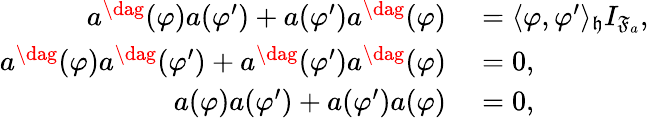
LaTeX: \begin{array}{rl}{a^{\dag}(\varphi)a(\varphi^{\prime})+a(\varphi^{\prime})a^{\dag}(\varphi)}&{{}=\langle\varphi,\varphi^{\prime}\rangle_{\mathfrak{h}}I_{\mathfrak{F}_{a}},}\\ {a^{\dag}(\varphi)a^{\dag}(\varphi^{\prime})+a^{\dag}(\varphi^{\prime})a^{\dag}(\varphi)}&{{}=0,}\\ {a(\varphi)a(\varphi^{\prime})+a(\varphi^{\prime})a(\varphi)}&{{}=0,}\end{array}